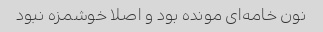
نون خامه‌ای مونده بود و اصلا خوشمزه نبود